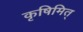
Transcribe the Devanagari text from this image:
कृषिमित्